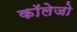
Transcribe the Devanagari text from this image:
काॅलेजो